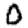
Digit: 0